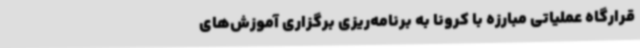
قرارگاه عملیاتی مبارزه با کرونا به برنامه‌ریزی برگزاری آموزش‌های